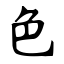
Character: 色